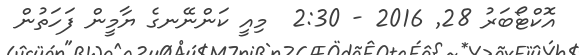
އޮކްޓޯބަރު 28